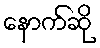
နောက်ဆို